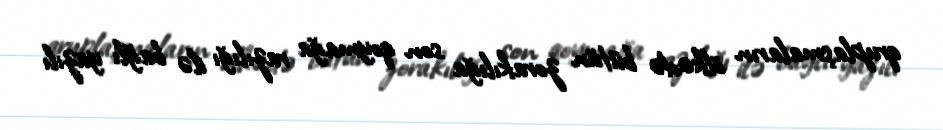
qruplaşmaların ölkədə bütün zorakılığa son qoymağa razılığı ilə bağlı yazılı